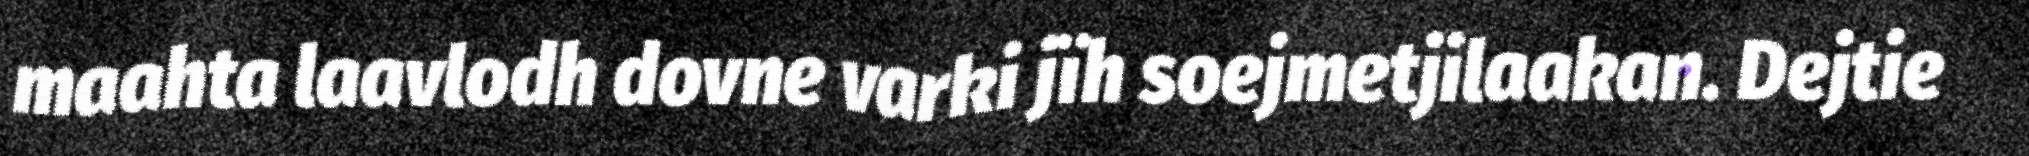
maahta laavlodh dovne varki jïh soejmetjilaakan. Dejtie